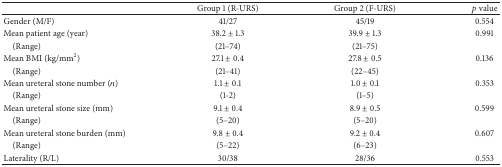
<table><thead><tr><td><b> </b></td><td><b>Group 1 (R-URS) </b></td><td><b> Group 2 (F-URS)</b></td><td><b><i>p</i> value</b></td></tr></thead><tbody><tr><td>Gender (M/F)</td><td>41/27</td><td>45/19</td><td>0.554</td></tr><tr><td>Mean patient age (year)</td><td>38.2 ± 1.3</td><td>39.9 ± 1.3</td><td>0.991</td></tr><tr><td> (Range)</td><td>(21–74)</td><td>(21–75)</td><td> </td></tr><tr><td>Mean BMI (kg/mm<sup>2</sup>)</td><td>27.1 ± 0.4</td><td>27.8 ± 0.5</td><td>0.136</td></tr><tr><td> (Range)</td><td>(21–41)</td><td>(22–45)</td><td> </td></tr><tr><td>Mean ureteral stone number (<i>n</i>)</td><td>1.1 ± 0.1</td><td>1.0 ± 0.1</td><td>0.353</td></tr><tr><td> (Range)</td><td>(1-2)</td><td>(1–5)</td><td> </td></tr><tr><td>Mean ureteral stone size (mm)</td><td>9.1 ± 0.4</td><td>8.9 ± 0.5</td><td>0.599</td></tr><tr><td> (Range)</td><td>(5–20)</td><td>(5–20)</td><td> </td></tr><tr><td>Mean ureteral stone burden (mm)</td><td>9.8 ± 0.4</td><td>9.2 ± 0.4</td><td>0.607</td></tr><tr><td> (Range)</td><td>(5–22)</td><td>(6–23)</td><td> </td></tr><tr><td>Laterality (R/L)</td><td>30/38</td><td>28/36</td><td>0.553</td></tr></tbody></table>